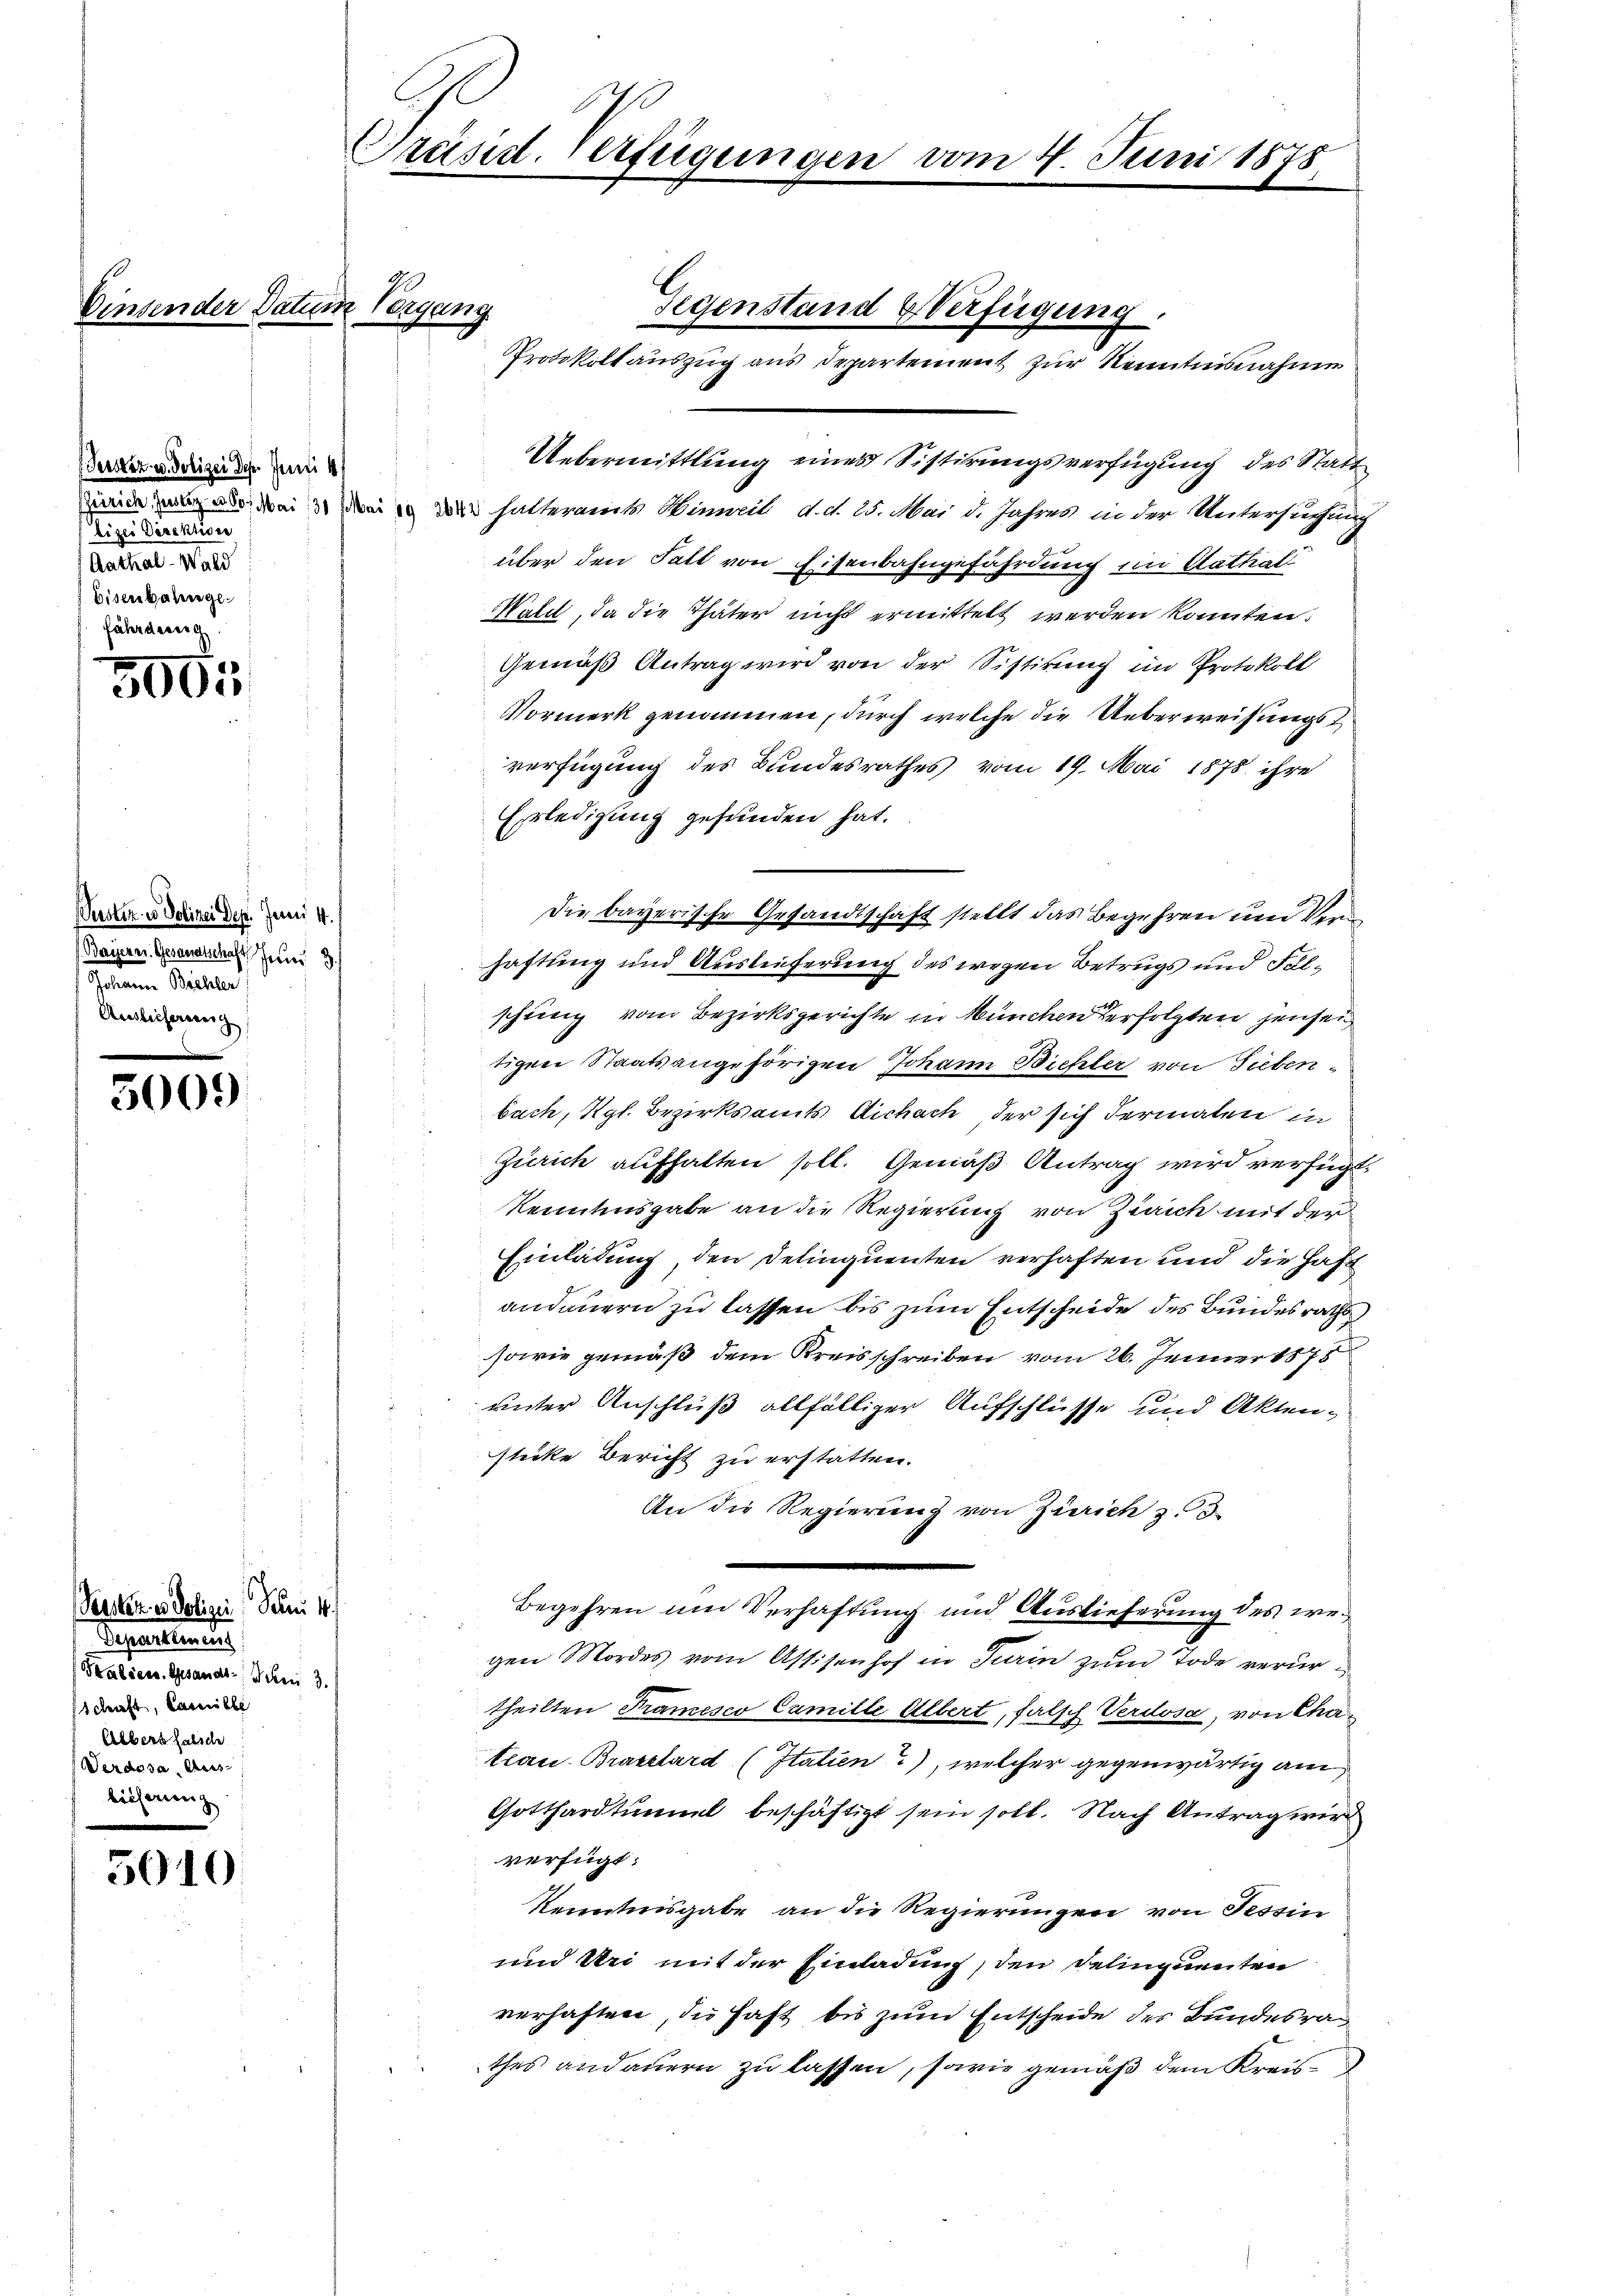
(Justiz- u. Polizei der Juni
sannes gelegen des bei de
lizei Direktion
Aathal-Wald
Eisenbahngefährdenerg

5005

Puster in Polizei Dep. Jenni 4.
(Bayerer Gesandtschaft, Feuer
n Seiter
Auslichereinig

5009

Persten er Polizei: Den 4.
Separtienten
Tralien. Gesandt Schen 3.
schaft, Camille
Alberg halsche
Werdes Arisbisserung

5040

Einsender Datum Vergang

Präsid. Verfügungen vom 4. Juni 1875.

Protokollauszug aus Departement zur Kenntnisnahme

Uebermittlung eines Sistirungsverfügung des Statt
 halteramts Hinweil d. d. 25. Mai d. Jahres in der Untersuchung
über den Fall von Eisenbahngefährdung im Cathal
Wald, da die Thäter nicht ermittelt werden könnten.
Gemäß Antrag wird von der Sistirung im Protokoll
Vormerk genommen, durch welche die Ueberweisungsverfügung des Bundesrathes vom 19. Mai 1878 ihre
Erledigung gefunden hat.
Die bayerische Gesandtschaft stellt das Begehren und Verhaftung und Ausleiferung des wegen Betrugs und Fulschung vom Bezirksgerichte in München erfolgten jensei
tigen Staatsangehörigen Johann Bichler, von Sieben
bach, Kgl. Bezirksamts Aichach, der sich dermalen in
Zürich aufhalten soll. Gemäß Antrag wird verfügt:
Kenntnisgabe an die Regierung von Zürich mit der
Einladung, den Delinquenten verhaften und die Haft
andauern zu lassen bis zum Entscheide des Bundesraths
sowie gemäß dem Kreisschreiben vom 26. Jenner 1878
unter Anschluß allfälliger Aufschlüsse und Aktenstücke Bericht zu erstatten.
An die Regierung von Zürich z.
Begehren um Verhaftung und Auslieferung des wegen Mordes vom Assisenhof in Turin zum Tode verurtheilten Tramesco Camille Albert, falsch Verdosa, von Chateau. Bratelard (Italien), welcher gegenwärtig am
Gotthardtunnel beschäftigt sein soll. Nach Antrag wird
verfügt:
Kenntnisgabe an die Regierungen von Tessin
und Uri mit der Einladung, den Delingereiten
verhaften, die Haft bis zum Entscheide des Bundesrathes andauern zu lassen, sowie gemäß dem Kreis-

Gegenstand Verfügung.